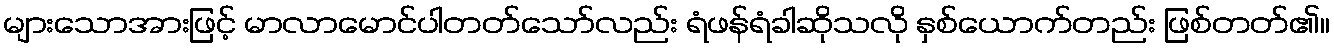
များသောအားဖြင့် မာလာမောင်ပါတတ်သော်လည်း ရံဖန်ရံခါဆိုသလို နှစ်ယောက်တည်း ဖြစ်တတ်၏။